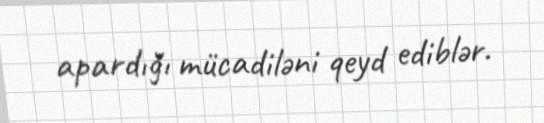
apardığı mücadiləni qeyd ediblər.